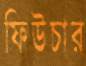
ফিউচার